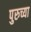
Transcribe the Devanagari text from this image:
पुरुच्या